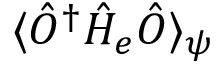
\langle \hat { O } ^ { \dagger } \hat { H } _ { e } \hat { O } \rangle _ { \psi }